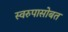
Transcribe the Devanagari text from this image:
स्वरुपासोबत